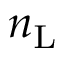
n _ { \mathrm { L } }